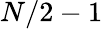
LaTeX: N/2-1